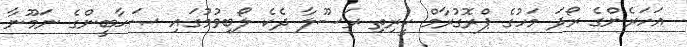
އަހަރެންގެ ރޯދަ މަހުގެ ޕްރޮގުރާމް ކީރިތި ރަސޫލާ ދެކެ ލޯބިވުމުގައި ޞަޙާބީންގެ ނަމޫނާ